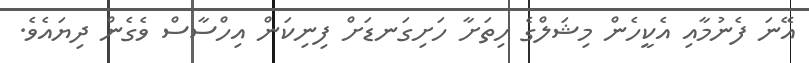
އޭނަ ފެނުމާއި އެކީހެން މިޝަލްގެ ހިތަށާ ހަށިގަނޑަށް ފިނިކަން އިހްސާސް ވެގެން ދިޔައެވެ.